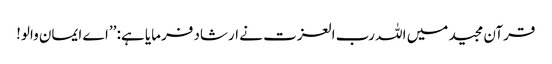
قرآن مجید میں اللہ رب العزت نے ارشاد فرمایا ہے: ’’اے ایمان والو!